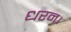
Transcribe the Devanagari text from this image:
धरन।